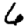
Digit: 6